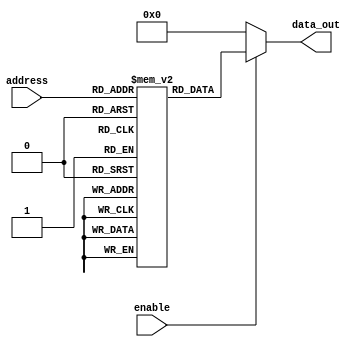
module parameterized_rom #(
    parameter ADDR_WIDTH = 8,  // Width of the address bus
    parameter DATA_WIDTH = 8   // Width of the data output
) (
    input wire [ADDR_WIDTH-1:0] address, // Address input
    input wire enable,                   // Enable signal
    output reg [DATA_WIDTH-1:0] data_out // Data output
);

// Memory initialization with fixed data values
// Define the size of the ROM based on the address width
localparam ROM_SIZE = 1 << ADDR_WIDTH; // 2^ADDR_WIDTH

// Declare the ROM array
reg [DATA_WIDTH-1:0] rom[0:ROM_SIZE-1];

// Initialize the ROM contents
initial begin
    // Example initialization with predefined values
    // You can modify these values according to your requirements
    rom[0]  = 8'hAA; // Address 0
    rom[1]  = 8'hBB; // Address 1
    rom[2]  = 8'hCC; // Address 2
    rom[3]  = 8'hDD; // Address 3
    rom[4]  = 8'hEE; // Address 4
    rom[5]  = 8'hFF; // Address 5
    // Fill in the rest of the ROM as needed

    // Other addresses can be initialized as needed
    // rom[6] = 8'h00; 
    // rom[7] = 8'h01; 
    // ... and so on until ROM_SIZE
end

// Combinational logic to read from ROM when enabled
always @(*) begin
    if (enable) begin
        data_out = rom[address]; // Output data based on address
    end else begin
        data_out = {DATA_WIDTH{1'b0}}; // Output zero when not enabled
    end
end

endmodule